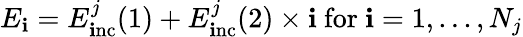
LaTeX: E_{\mathbf{i}}=E_{\mathrm{{\mathbf{i}nc}}}^{j}(1)+E_{\mathrm{{\mathbf{i}nc}}}^{j}(2)\times\mathbf{i}\ \mathrm{{for}}\ \mathbf{i}=1,...,N_{j}